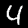
Digit: 4